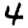
Digit: 4